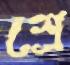
শ্রে